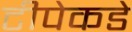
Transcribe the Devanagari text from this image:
टीपेकडे